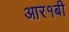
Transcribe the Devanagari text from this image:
आर१बी